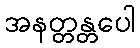
အနတ္တန္တပေါ